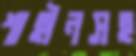
শাহীনসহ